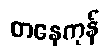
တနေကုန်